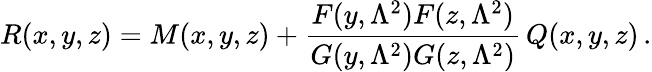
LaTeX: R(x,y,z)=M(x,y,z)+\frac{F(y,\Lambda^{2})F(z,\Lambda^{2})}{G(y,\Lambda^{2})G(z,\Lambda^{2})}\, Q(x,y,z)\, .